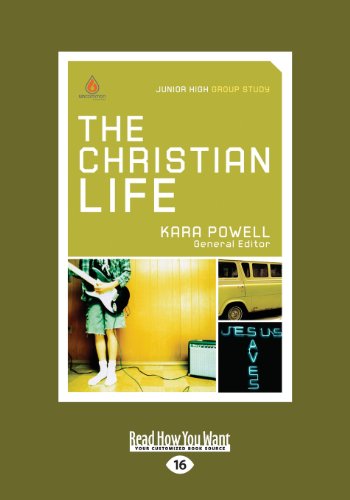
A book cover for The Christian Life: Junior High Group Study; Kara Powell; Religion & Spirituality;